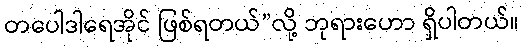
တပေါဒါရေအိုင် ဖြစ်ရတယ်”လို့ ဘုရားဟော ရှိပါတယ်။